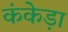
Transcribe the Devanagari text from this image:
कंकेड़ा